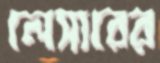
লেসারের